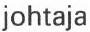
johtaja